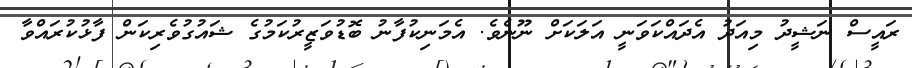
ރައީސް ނަޝީދު މިއަދު އެދައްކަވަނީ އަލަކަށް ނޫނެވެ. އެމަނިކުފާނު ބޮޑުވަޒީރުކަމުގެ ޝައުގުވެރިކަން ފާޅުކުރައްވާ